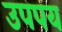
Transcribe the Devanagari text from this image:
उपपय